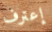
إعترف